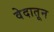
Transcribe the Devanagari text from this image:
वेदातून